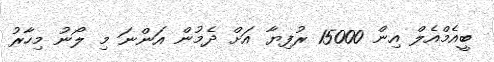
ބީއެމްއެލް އިން 15000 ރުފިޔާ އަށް ދެމުން އަންނަ މި ލޯނު މިހާރު